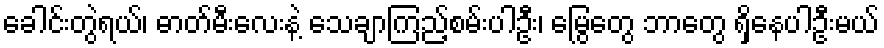
ခေါင်းတွဲရယ်၊ ဓာတ်မီးလေးနဲ့ သေချာကြည့်စမ်းပါဦး၊ မြွေတွေ ဘာတွေ ရှိနေပါဦးမယ်